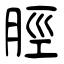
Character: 脛